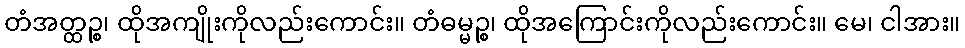
တံအတ္ထဉ္စ၊ ထိုအကျိုးကိုလည်းကောင်း။ တံဓမ္မဉ္စ၊ ထိုအကြောင်းကိုလည်းကောင်း။ မေ၊ ငါအား။